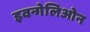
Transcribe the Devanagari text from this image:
इवन्गेलिओन